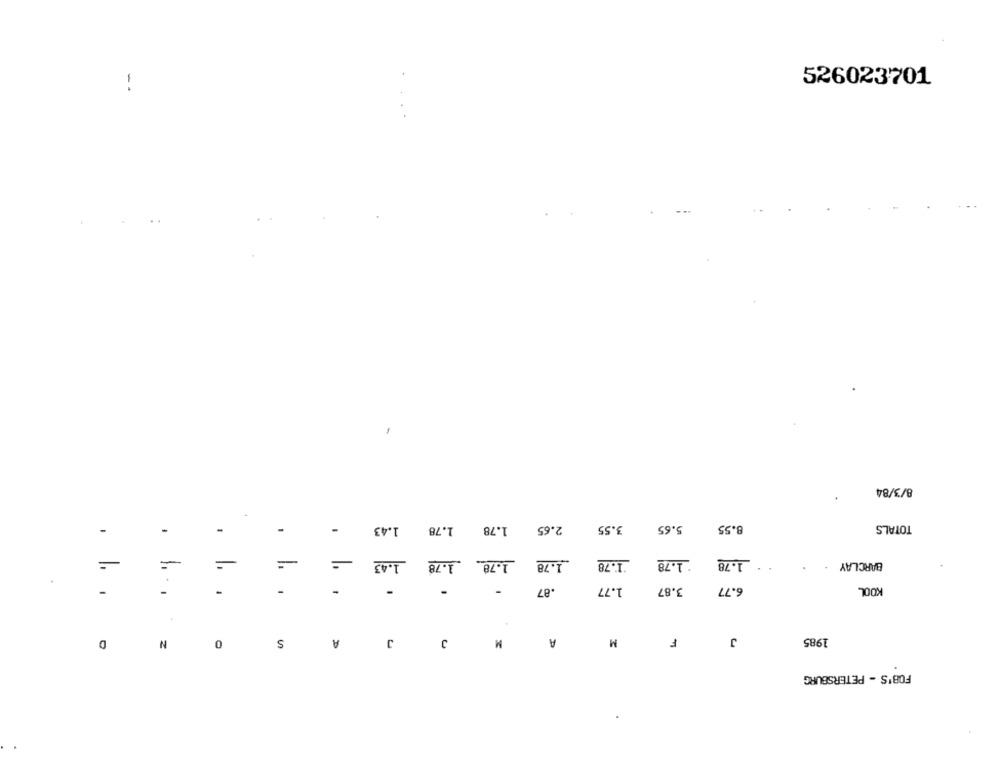
i
526023701
8/3/84
-
1.43
1.78 1.78
2.65
3.55
5.65
8.55
TOTALS
=
1.43
1.78
1.78
1.78
1.78
. 1.78
BARCLAY
-
.87
1.77
3.87
6.77
KOOL
. ...
.. .
. . .
J
A
M
J
D
N
0
S
A
M
F
1985
FOB'S - PETERSBURG